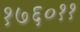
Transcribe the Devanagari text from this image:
१७६०११